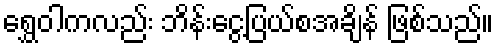
ရွှေဝါကလည်း ဘိန်းငွေ့ပြယ်စအချိန် ဖြစ်သည်။